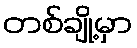
တစ်ချို့မှာ